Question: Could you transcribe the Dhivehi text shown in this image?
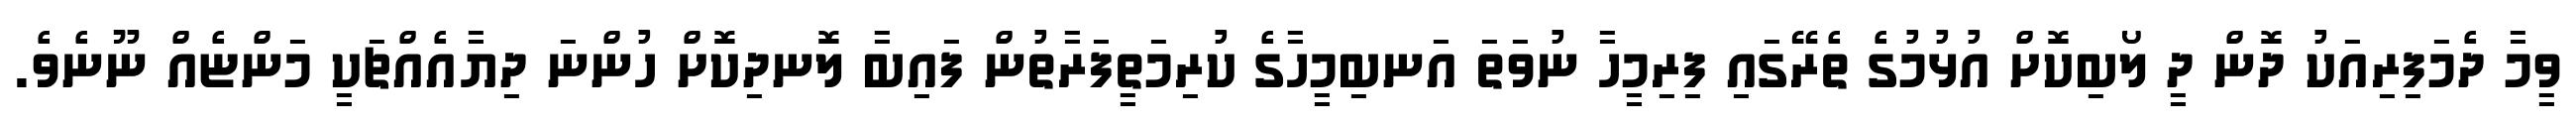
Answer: ވީމާ ދެމަފިރިއަކު ދޮން ދީ ލޯބިކޮށް އުޅުމުގެ ތެރޭގައި ފިރިމީހާ ނުވަތަ އަނބިމީހާގެ ކުރިމަތީފަރާތުން ފައިބާ ލޮނދިކޮށް ހުންނަ ދިޔާއެއްޗަކީ މަންޏެއް ނޫނެވެ.